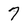
Character: 7